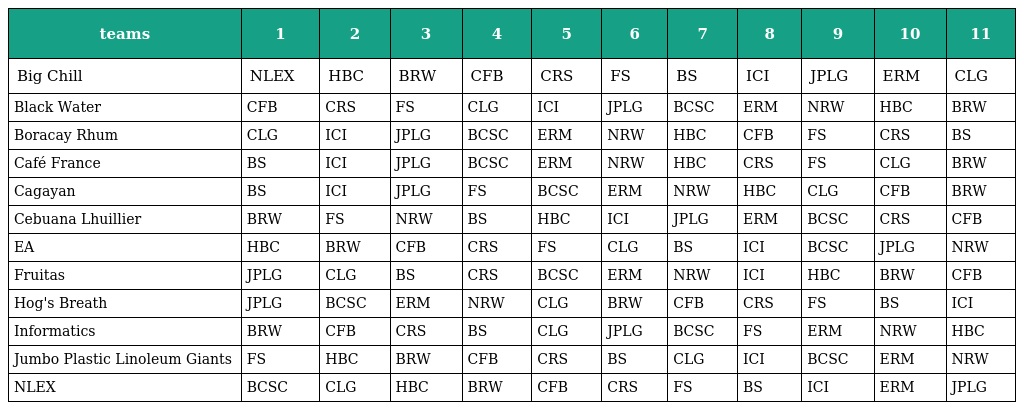
| teams | 1 | 2 | 3 | 4 | 5 | 6 | 7 | 8 | 9 | 10 | 11 |
 | --- | --- | --- | --- | --- | --- | --- | --- | --- | --- | --- | --- |
 | Big Chill | NLEX | HBC | BRW | CFB | CRS | FS | BS | ICI | JPLG | ERM | CLG |
 | Black Water | CFB | CRS | FS | CLG | ICI | JPLG | BCSC | ERM | NRW | HBC | BRW |
 | Boracay Rhum | CLG | ICI | JPLG | BCSC | ERM | NRW | HBC | CFB | FS | CRS | BS |
 | Café France | BS | ICI | JPLG | BCSC | ERM | NRW | HBC | CRS | FS | CLG | BRW |
 | Cagayan | BS | ICI | JPLG | FS | BCSC | ERM | NRW | HBC | CLG | CFB | BRW |
 | Cebuana Lhuillier | BRW | FS | NRW | BS | HBC | ICI | JPLG | ERM | BCSC | CRS | CFB |
 | EA | HBC | BRW | CFB | CRS | FS | CLG | BS | ICI | BCSC | JPLG | NRW |
 | Fruitas | JPLG | CLG | BS | CRS | BCSC | ERM | NRW | ICI | HBC | BRW | CFB |
 | Hog's Breath | JPLG | BCSC | ERM | NRW | CLG | BRW | CFB | CRS | FS | BS | ICI |
 | Informatics | BRW | CFB | CRS | BS | CLG | JPLG | BCSC | FS | ERM | NRW | HBC |
 | Jumbo Plastic Linoleum Giants | FS | HBC | BRW | CFB | CRS | BS | CLG | ICI | BCSC | ERM | NRW |
 | NLEX | BCSC | CLG | HBC | BRW | CFB | CRS | FS | BS | ICI | ERM | JPLG |